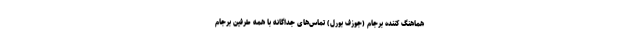
هماهنگ کننده برجام (جوزف بورل) تماس‌های جداگانه با همه طرفین برجام